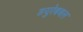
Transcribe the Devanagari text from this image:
डयुरेबबल